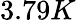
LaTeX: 3.79K